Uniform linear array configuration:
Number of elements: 16
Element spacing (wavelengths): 0.25
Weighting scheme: exponential
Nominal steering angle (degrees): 15
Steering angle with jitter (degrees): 13.38
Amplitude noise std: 0.05
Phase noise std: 0.05

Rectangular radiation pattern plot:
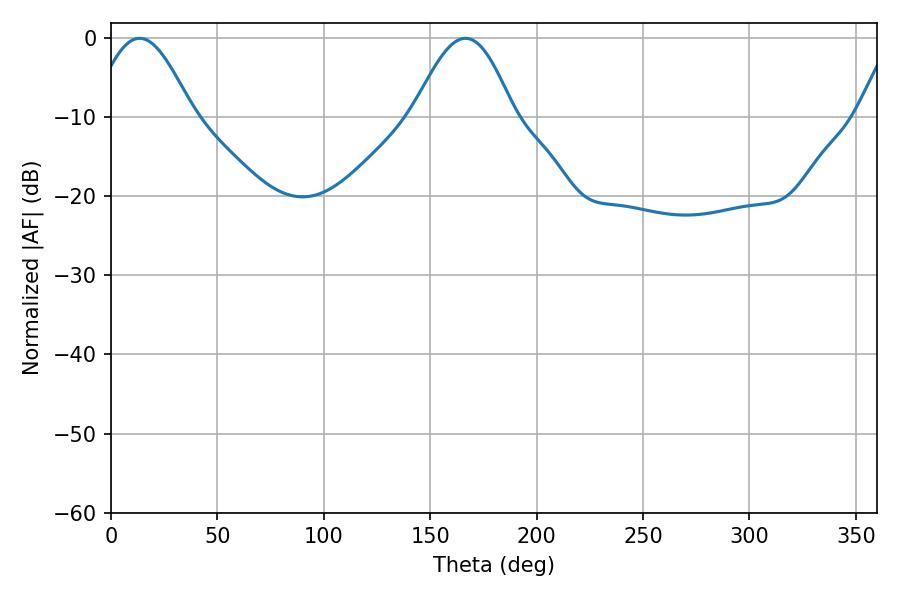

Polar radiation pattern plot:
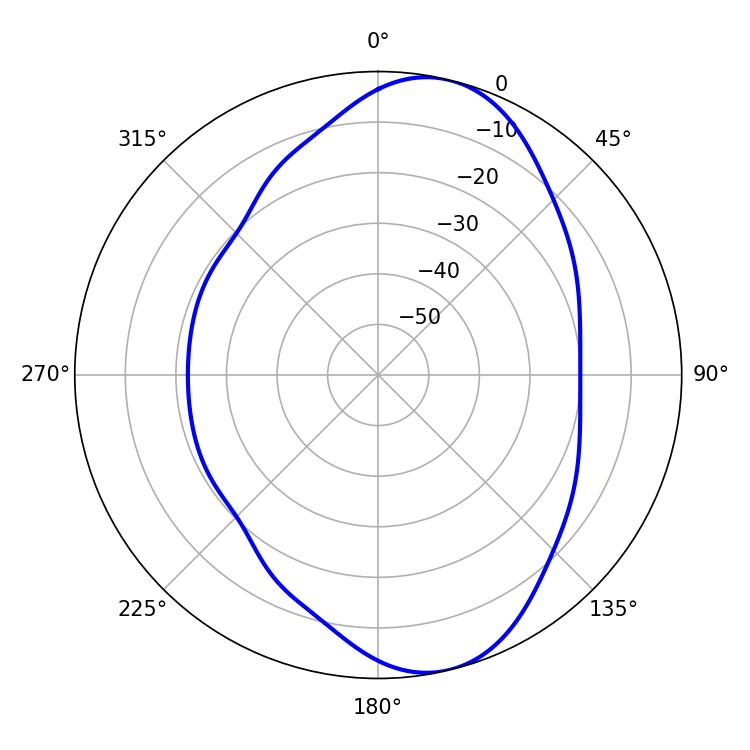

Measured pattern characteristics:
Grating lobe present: FALSE
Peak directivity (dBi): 9.042
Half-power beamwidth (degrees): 25.38
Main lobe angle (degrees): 13.5